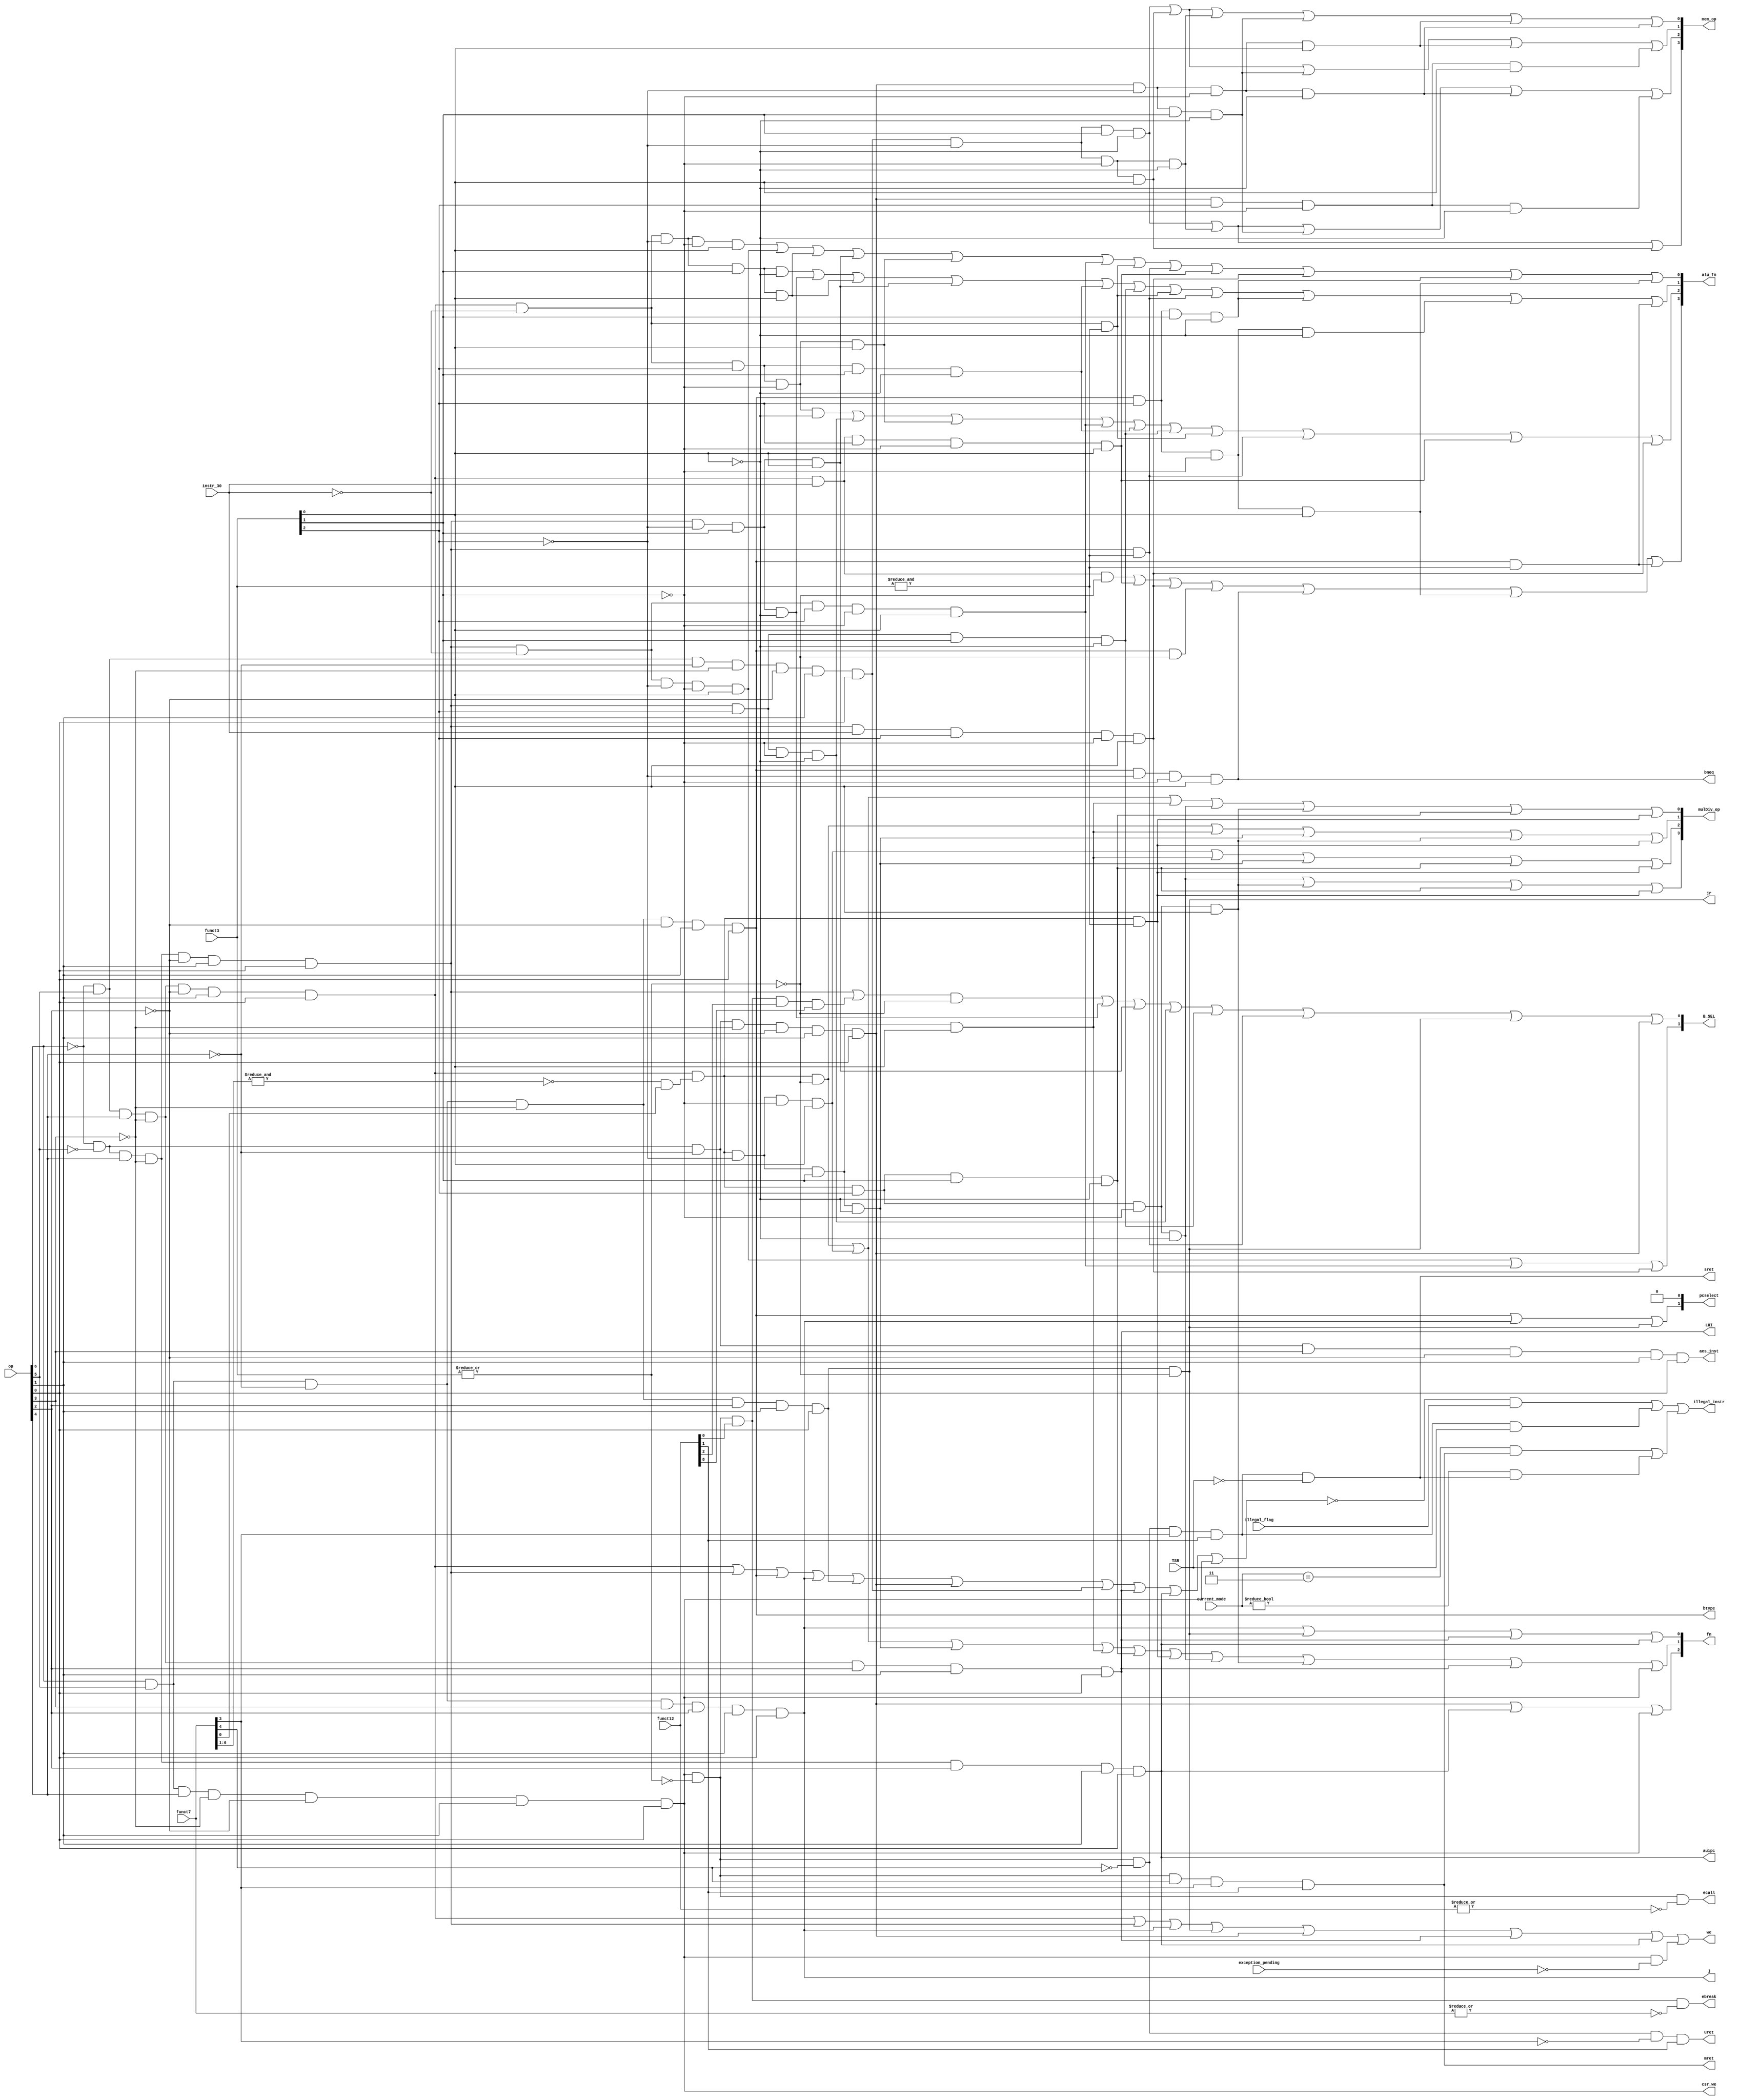
module instr_decoder (
		input wire [6:0] op,
	input wire [2:0] funct3,
	input wire [6:0] funct7,
	input wire [11:0] funct12,
	input wire instr_30,
	input wire exception_pending,
	input wire TSR,
	input wire illegal_flag,
	input wire [1:0] current_mode,
	output wire [1:0] B_SEL,
	output wire we,
	output wire [2:0] fn,
	output wire [3:0] alu_fn,
	output wire j,
	output wire jr,
	output wire bneq,
	output wire btype,
	output wire LUI,
	output wire auipc,
	output wire [3:0] mem_op,
	output wire [3:0] mulDiv_op,
	output wire [1:0] pcselect,
	output wire ecall,
	output wire ebreak,
	output wire uret,
	output wire sret,
	output wire mret,
	output wire illegal_instr,
	output wire aes_inst,
	output wire csr_we
);

	wire rtype;
	wire itype;
	wire stype;
	wire jtype;
	wire jrtype;
	wire utype;
	wire autype;
	wire ltype;
	wire system;
	wire wfi;
	wire illegal_retM;
	wire illegal_retS;
	wire illegal_ret;
	wire illegal_instruction;
	wire illegal_sret;
	wire i_lb;
	wire i_lh;
	wire i_lw;
	wire i_lbu;
	wire i_lhu;
	wire i_sb;
	wire i_sh;
	wire i_sw;
	wire i_add;
	wire i_sub;
	wire i_sll;
	wire i_slt;
	wire i_sltu;
	wire i_xor;
	wire i_srl;
	wire i_sra;
	wire i_or;
	wire i_and;
	wire i_mul;
	wire i_mulh;
	wire i_mulhsu;
	wire i_mulhu;
	wire i_div;
	wire i_divu;
	wire i_rem;
	wire i_remu;
	wire instr_25;
	wire i_addi;
	wire i_slti;
	wire i_sltiu;
	wire i_xori;
	wire i_ori;
	wire i_andi;
	wire i_slli;
	wire i_srli;
	wire i_srai;
	wire BEQ;
	wire BNE;
	wire BLT;
	wire BGE;
	wire BLTU;
	wire BGEU;
	wire i_jal;
	wire i_jalr;
	wire lui;
	wire aupc;
	wire noOp;
	assign instr_25 = ~(&funct7[6:1]) & funct7[0];
	assign noOp = ~(|op);
	assign rtype = (((((~op[6] & op[5]) & op[4]) & ~op[3]) & ~op[2]) & op[1]) & op[0];
	assign itype = (((((~op[6] & ~op[5]) & op[4]) & ~op[3]) & ~op[2]) & op[1]) & op[0];
	assign btype = (((((op[6] & op[5]) & ~op[4]) & ~op[3]) & ~op[2]) & op[1]) & op[0];
	assign jtype = (((((op[6] & op[5]) & ~op[4]) & op[3]) & op[2]) & op[1]) & op[0];
	assign jrtype = (((((op[6] & op[5]) & ~op[4]) & ~op[3]) & op[2]) & op[1]) & op[0];
	assign ltype = (((((~op[6] & ~op[5]) & ~op[4]) & ~op[3]) & ~op[2]) & op[1]) & op[0];
	assign stype = (((((~op[6] & op[5]) & ~op[4]) & ~op[3]) & ~op[2]) & op[1]) & op[0];
	assign autype = (((((~op[6] & ~op[5]) & op[4]) & ~op[3]) & op[2]) & op[1]) & op[0];
	assign utype = (((((~op[6] & op[5]) & op[4]) & ~op[3]) & op[2]) & op[1]) & op[0];
	assign system = (((((op[6] & op[5]) & op[4]) & ~op[3]) & ~op[2]) & op[1]) & op[0];
	assign ecall = (system & ~|funct3) & ~|funct12;
	assign ebreak = ((system & ~|funct3) & funct12[0]) & ~|funct7;
	assign uret = (((system & ~|funct3) & ~funct7[4]) & ~funct7[3]) & funct12[1];
	assign sret = ((((system & ~|funct3) & ~funct7[4]) & funct7[3]) & funct12[1]) & ~TSR;
	assign mret = (((system & ~|funct3) & funct7[4]) & funct7[3]) & funct12[1];
	assign wfi = (((system & ~|funct3) & funct12[0]) & funct12[2]) & funct12[8];
	assign illegal_retM = (current_mode == 2'b11) && mret;
	assign illegal_retS = (current_mode != 2'b00) && sret;
	assign illegal_ret = illegal_retM | illegal_retS;
	assign illegal_instruction = !(((((((((rtype || itype) || btype) || jtype) || jrtype) || ltype) || stype) || utype) || autype) || system) & illegal_flag;
	assign illegal_sret = ((((system & ~|funct3) & ~funct7[4]) & funct7[3]) & funct12[1]) & TSR;
	assign illegal_instr = (illegal_instruction || illegal_sret) || illegal_ret;
	assign aes_inst = (((((~op[6] & ~op[5]) & ~op[4]) & op[3]) & ~op[2]) & op[1]) & op[0];
	assign i_add = (rtype & ~instr_30) & ~(|funct3);
	assign i_sub = (rtype & instr_30) & ~(|funct3);
	assign i_sll = (((rtype & ~instr_30) & ~funct3[2]) & ~funct3[1]) & funct3[0];
	assign i_slt = (((rtype & ~instr_30) & ~funct3[2]) & funct3[1]) & ~funct3[0];
	assign i_sltu = (((rtype & ~instr_30) & ~funct3[2]) & funct3[1]) & funct3[0];
	assign i_xor = (((rtype & ~instr_30) & funct3[2]) & ~funct3[1]) & ~funct3[0];
	assign i_srl = (((rtype & ~instr_30) & funct3[2]) & ~funct3[1]) & funct3[0];
	assign i_sra = (((rtype & instr_30) & funct3[2]) & ~funct3[1]) & funct3[0];
	assign i_or = (((rtype & ~instr_30) & funct3[2]) & funct3[1]) & ~funct3[0];
	assign i_and = (rtype & ~instr_30) & &funct3;
	assign i_mul = (rtype & instr_25) & ~(|funct3);
	assign i_mulh = (((rtype & instr_25) & ~funct3[2]) & ~funct3[1]) & funct3[0];
	assign i_mulhsu = (((rtype & instr_25) & ~funct3[2]) & funct3[1]) & ~funct3[0];
	assign i_mulhu = (((rtype & instr_25) & ~funct3[2]) & funct3[1]) & funct3[0];
	assign i_div = (((rtype & instr_25) & funct3[2]) & ~funct3[1]) & ~funct3[0];
	assign i_divu = (((rtype & instr_25) & funct3[2]) & ~funct3[1]) & funct3[0];
	assign i_rem = (((rtype & instr_25) & funct3[2]) & funct3[1]) & ~funct3[0];
	assign i_remu = (rtype & instr_25) & &funct3;
	assign i_addi = (itype | wfi) & ~(|funct3);
	assign i_slti = ((itype & ~funct3[2]) & funct3[1]) & ~funct3[0];
	assign i_sltiu = ((itype & ~funct3[2]) & funct3[1]) & funct3[0];
	assign i_xori = ((itype & funct3[2]) & ~funct3[1]) & ~funct3[0];
	assign i_ori = ((itype & funct3[2]) & funct3[1]) & ~funct3[0];
	assign i_andi = itype & &funct3;
	assign i_slli = (((itype & ~instr_30) & ~funct3[2]) & ~funct3[1]) & funct3[0];
	assign i_srli = (((itype & ~instr_30) & funct3[2]) & ~funct3[1]) & funct3[0];
	assign i_srai = (((itype & instr_30) & funct3[2]) & ~funct3[1]) & funct3[0];
	assign BEQ = btype & ~(|funct3);
	assign BNE = ((btype & ~funct3[2]) & ~funct3[1]) & funct3[0];
	assign BLT = ((btype & funct3[2]) & ~funct3[1]) & ~funct3[0];
	assign BGE = ((btype & funct3[2]) & ~funct3[1]) & funct3[0];
	assign BLTU = ((btype & funct3[2]) & funct3[1]) & ~funct3[0];
	assign BGEU = btype & &funct3;
	assign i_jal = jtype;
	assign i_jalr = jrtype & ~(|funct3);
	assign lui = utype;
	assign aupc = autype;
	assign i_lb = ((ltype & ~funct3[2]) & ~funct3[1]) & ~funct3[0];
	assign i_lh = ((ltype & ~funct3[2]) & ~funct3[1]) & funct3[0];
	assign i_lw = ((ltype & ~funct3[2]) & funct3[1]) & ~funct3[0];
	assign i_lbu = ((ltype & funct3[2]) & ~funct3[1]) & ~funct3[0];
	assign i_lhu = ((ltype & funct3[2]) & ~funct3[1]) & funct3[0];
	assign i_sb = ((stype & ~funct3[2]) & ~funct3[1]) & ~funct3[0];
	assign i_sh = ((stype & ~funct3[2]) & ~funct3[1]) & funct3[0];
	assign i_sw = ((stype & ~funct3[2]) & funct3[1]) & ~funct3[0];
	assign mem_op[0] = ((((i_sw | i_sh) | i_sb) | i_lw) | i_lh) | i_lb;
	assign mem_op[1] = (((i_sw | i_sh) | i_lw) | i_lh) | i_lhu;
	assign mem_op[2] = (((i_sw | i_sb) | i_lw) | i_lb) | i_lbu;
	assign mem_op[3] = (i_sw | i_sb) | i_sh;
	assign pcselect[0] = 0;
	assign pcselect[1] = (btype | i_jal) | i_jalr;
	assign we = ((((((rtype | itype) | jtype) | jr) | ltype) | utype) | autype) | (system & ~exception_pending);
	assign csr_we = system;
	assign B_SEL[0] = ((((((i_addi | i_slti) | i_sltiu) | i_xori) | i_ori) | i_andi) | i_jalr) | ltype;
	assign B_SEL[1] = (i_slli | i_srli) | i_srai;
	assign alu_fn[0] = ((((((((((i_sll | i_slli) | i_sltu) | i_sltiu) | i_srl) | i_srli) | i_and) | i_andi) | i_sra) | i_srai) | BLTU) | BGE;
	assign alu_fn[1] = (((((((((i_slt | i_slti) | i_sltu) | i_sltiu) | i_or) | i_ori) | i_and) | i_andi) | BLTU) | BLT) | BGEU;
	assign alu_fn[2] = ((((((((i_xor | i_xori) | i_srl) | i_srli) | i_or) | i_ori) | i_and) | i_andi) | i_sra) | i_srai;
	assign alu_fn[3] = (((((i_sub | i_sra) | i_srai) | BEQ) | BNE) | BGE) | BGEU;
	assign mulDiv_op[0] = (((((i_mul | i_mulh) | i_mulhu) | i_div) | i_divu) | i_rem) | i_remu;
	assign mulDiv_op[1] = (((i_mul | i_mulhu) | i_mulhsu) | i_divu) | i_remu;
	assign mulDiv_op[2] = (((i_mulh | i_mulhu) | i_mulhsu) | i_rem) | i_remu;
	assign mulDiv_op[3] = ((i_div | i_divu) | i_rem) | i_remu;
	assign bneq = BNE;
	assign j = i_jal;
	assign jr = i_jalr;
	assign LUI = lui;
	assign auipc = aupc;
	assign fn[0] = ((i_jal | i_jalr) | lui) | aupc;
	assign fn[1] = ((((((((i_mul | i_mulh) | i_mulhsu) | i_mulhu) | i_rem) | i_remu) | i_div) | i_divu) | lui) | system;
	assign fn[2] = (ltype | aupc) | system;
endmodule